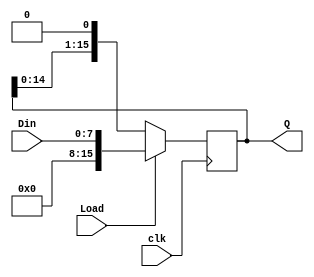
module RegL16 (Load,clk,Din,Q);

input [7:0] Din;
input Load,clk;
output [15:0] Q;
reg [15:0] Q;

always @(posedge clk)

begin
  
  if(Load) Q<={8'd0,Din};
  else     Q<={Q[14:0],1'b0};

end

endmodule